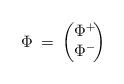
LaTeX: \begin{align*} \Phi\:=\:\begin{pmatrix} \Phi^+\! \\ \Phi^- \!\end{pmatrix} \end{align*}